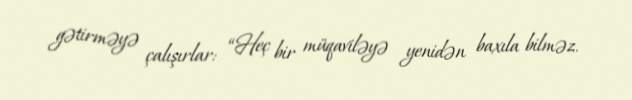
gətirməyə çalışırlar: “Heç bir müqaviləyə yenidən baxıla bilməz.